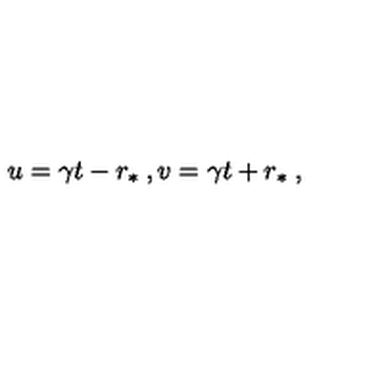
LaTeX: u = \gamma t - r _ { \ast } \: , v = \gamma t + r _ { \ast } \: ,